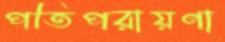
পতিপরায়ণা